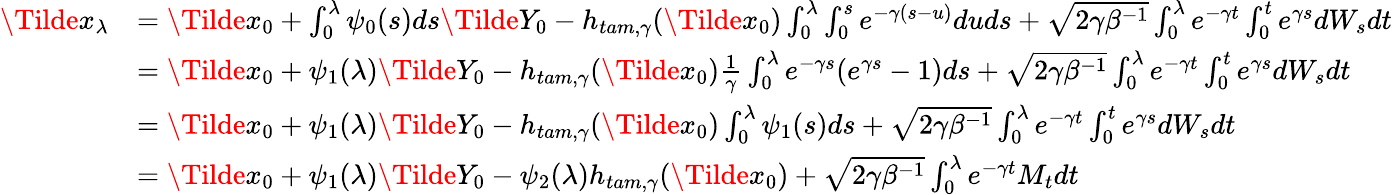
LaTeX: \begin{array}{rl}{\Tilde{x}_{\lambda}}&{=\Tilde{x}_{0}+\int_{0}^{\lambda}\psi_{0}(s)ds\Tilde{Y_{0}}-h_{tam,\gamma}(\Tilde{x}_{0})\int_{0}^{\lambda}\int_{0}^{s}e^{-\gamma(s-u)}duds+\sqrt{2\gamma\beta^{-1}}\int_{0}^{\lambda}e^{-\gamma t}\int_{0}^{t}e^{\gamma s}dW_{s}dt}\\ &{=\Tilde{x}_{0}+\psi_{1}(\lambda)\Tilde{Y_{0}}-h_{tam,\gamma}(\Tilde{x}_{0})\frac{1}{\gamma}\int_{0}^{\lambda}e^{-\gamma s}(e^{\gamma s}-1)ds+\sqrt{2\gamma\beta^{-1}}\int_{0}^{\lambda}e^{-\gamma t}\int_{0}^{t}e^{\gamma s}dW_{s}dt}\\ &{=\Tilde{x}_{0}+\psi_{1}(\lambda)\Tilde{Y_{0}}-h_{tam,\gamma}(\Tilde{x}_{0})\int_{0}^{\lambda}\psi_{1}(s)ds+\sqrt{2\gamma\beta^{-1}}\int_{0}^{\lambda}e^{-\gamma t}\int_{0}^{t}e^{\gamma s}dW_{s}dt}\\ &{=\Tilde{x}_{0}+\psi_{1}(\lambda)\Tilde{Y_{0}}-\psi_{2}(\lambda)h_{tam,\gamma}(\Tilde{x}_{0})+\sqrt{2\gamma\beta^{-1}}\int_{0}^{\lambda}e^{-\gamma t}M_{t}dt}\end{array}